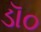
ડૉ૦